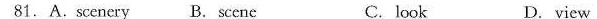
81.A.Scenery B.Sccne C. look D.view